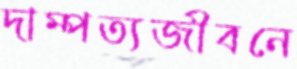
দাম্পত্যজীবনে